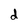
Character: d